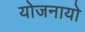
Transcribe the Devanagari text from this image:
योजनायो